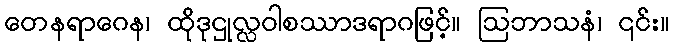
တေနရာဂေန၊ ထိုဒုဌုလ္လဝါစဿာဒရာဂဖြင့်။ ဩဘာသနံ၊ ၎င်း။